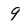
Character: 9